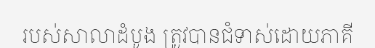
របស់សាលាដំបូង ត្រូវបានជំទាស់ដោយភាគី